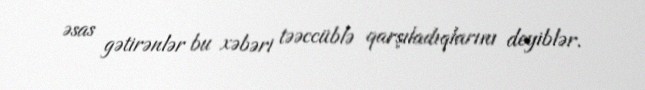
əsas gətirənlər bu xəbəri təəccüblə qarşıladıqlarını deyiblər.